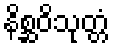
နိစ္ဆဝိသုတ္တံ